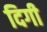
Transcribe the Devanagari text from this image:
दिगी